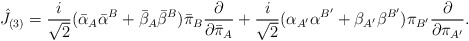
\begin{align*}{\hat J}_{(3)}={i \over \sqrt{2}}({\bar \alpha}_{A}{\bar \alpha}^{B} + {\bar \beta}_{A}{\bar \beta}^{B}){\bar \pi}_{B} {\partial \over \partial {\bar \pi}_{A}}+{i \over \sqrt{2}}(\alpha_{A^\prime}\alpha^{B^\prime} + \beta_{A^\prime}\beta^{B^\prime})\pi_{B^\prime}{\partial \over \partial \pi_{A^\prime}}.\end{align*}